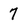
Character: 7